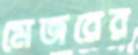
মেজরের